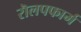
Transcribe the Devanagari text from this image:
रॊलपफार्म